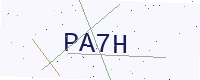
Text: PA7H